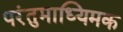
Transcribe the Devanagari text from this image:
परंतुमाध्यिमक